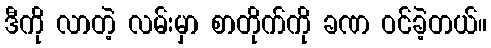
ဒီကို လာတဲ့ လမ်းမှာ စာတိုက်ကို ခဏ ဝင်ခဲ့တယ်။